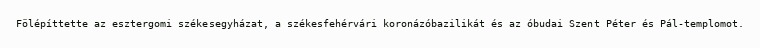
Fölépíttette az esztergomi székesegyházat, a székesfehérvári koronázóbazilikát és az óbudai Szent Péter és Pál-templomot.